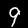
Label: 9